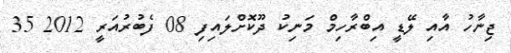
ޖިނާހު އާއި ލޭޑީ އިބްރާހިމް މަނިކު ދޫކޮށްލައިފި 08 ފެބުރުއަރީ 2012 35